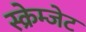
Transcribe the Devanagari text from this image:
स्क्रेम्जेट